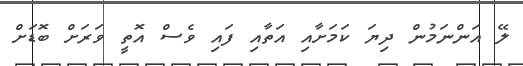
ލޭ އަންނަމުން ދިޔަ ކަމަށާއި އަތާއި ފައި ވެސް އޮތީ ވަރަށް ބޮޑަށް